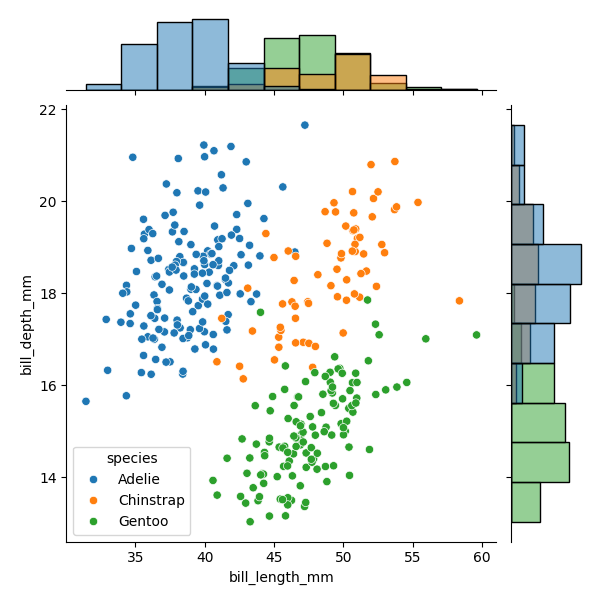
python, seaborn, JointGrid, scatterplot, histplot, hue